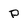
Character: p